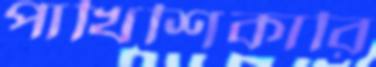
পাখিশিকারি